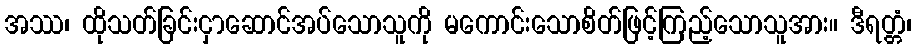
အဿ၊ ထိုသတ်ခြင်းငှာဆောင်အပ်သောသူကို မကောင်းသောစိတ်ဖြင့်ကြည့်သောသူအား။ ဒီရတ္တံ၊